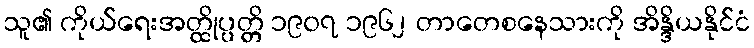
သူ၏ ကိုယ်ရေးအတ္ထိုပ္ပတ္တိ ၁၉၀၇ ၁၉၆၂ တာတေစနေသားကို အိန္ဒိယနိုင်ငံ